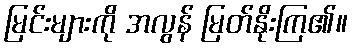
မြင်းများကို အလွန် မြတ်နိုးကြ၏။